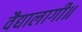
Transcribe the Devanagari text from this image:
वैद्यालागी॥